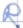
Text: R